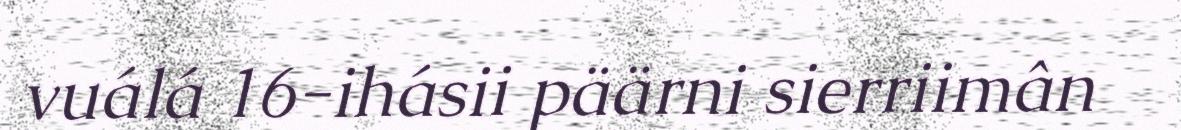
vuálá 16-ihásii päärni sierriimân